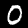
Label: 0